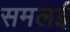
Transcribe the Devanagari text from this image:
समलई